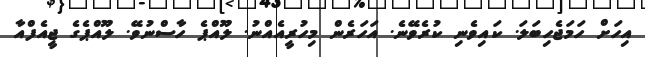
އިހަށް ހަމަޖެހިބަލަ. ކައިވެނި ކުރެވޭނެ. އަހަރެން މިހުރީއެއްނު. ލޫއްޕެ ހާސްނުވޭ. ލޫއްޕެގެ ޖީއެފްއާ